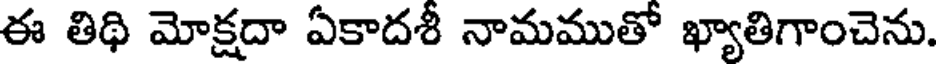
ఈ తిథి మోక్షదా ఏకాదశీ నామముతో ఖ్యాతిగాంచెను.